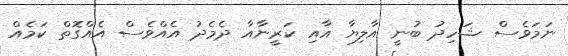
ނަމަވެސް ޝަހިދު ބުނީ އާލިޔާ އާއި ކަރީނާއާ ދެމެދު އެއްވެސް އެއްގޮތް ކަމެއް